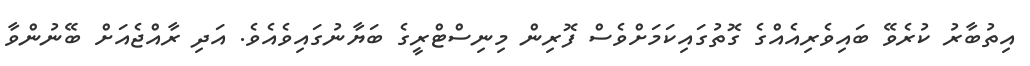
އިތުބާރު ކުރެވޭ ބައިވެރިއެއްގެ ގޮތުގައިކަމަށްވެސް ފޮރިން މިނިސްޓްރީގެ ބަޔާނުގައިވެއެވެ. އަދި ރާއްޖެއަށް ބޭނުންވާ